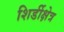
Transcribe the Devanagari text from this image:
शिर्डीक्षेत्र